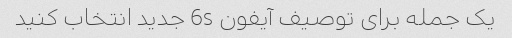
یک جمله برای توصیف آیفون 6s جدید انتخاب کنید